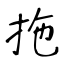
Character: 拖